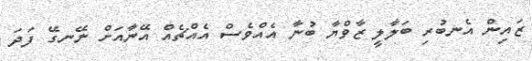
ޒައިން އެނބުރި ބަލާލީ ޒާވްޔާ ބުނާ އެއްވެސް އެއްޗެއް އޭނާއަށް ނޭނގޭ ފަދަ